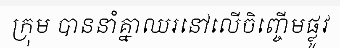
ក្រុម បាននាំគ្នាឈរនៅលើចិញ្ចើមផ្លូវ